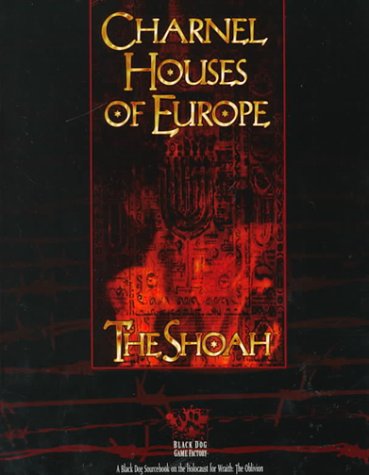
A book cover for Charnel Houses of Europe: The Shoah (Black Dog Game Factory); Jonathan Blacke; Science Fiction & Fantasy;